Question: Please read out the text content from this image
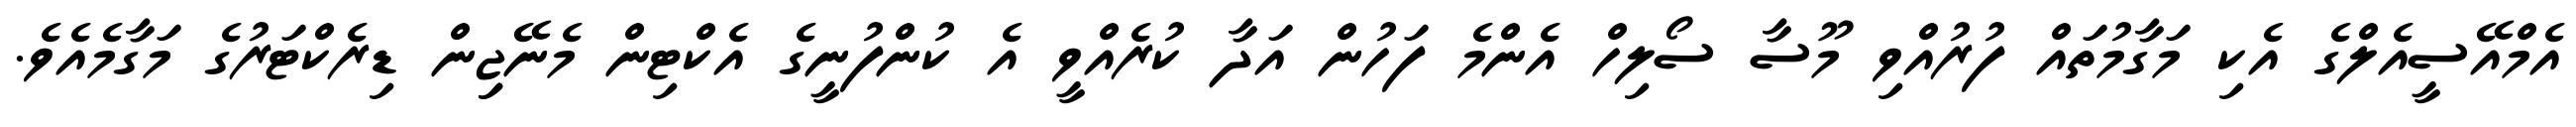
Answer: އެމްއޭސީއެލްގެ އެކި މަގާމުތައް ފުރުއްވި މޫސާ ސޯލިހް އެންމެ ފަހުން އަދާ ކުރެއްވީ އެ ކުންފުނީގެ އެކްޓިން މެނޭޖިިން ޑިރެކްޓަރުގެ މަގާމެއެވެ.